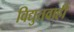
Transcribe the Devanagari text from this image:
विद्युतवाही